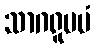
သာဂရူပမံ